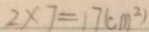
2 \times 7 = 1 7 ( c m ^ { 2 } )